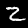
Label: 2